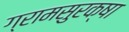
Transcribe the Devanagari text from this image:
ग्रामसुरक्षा